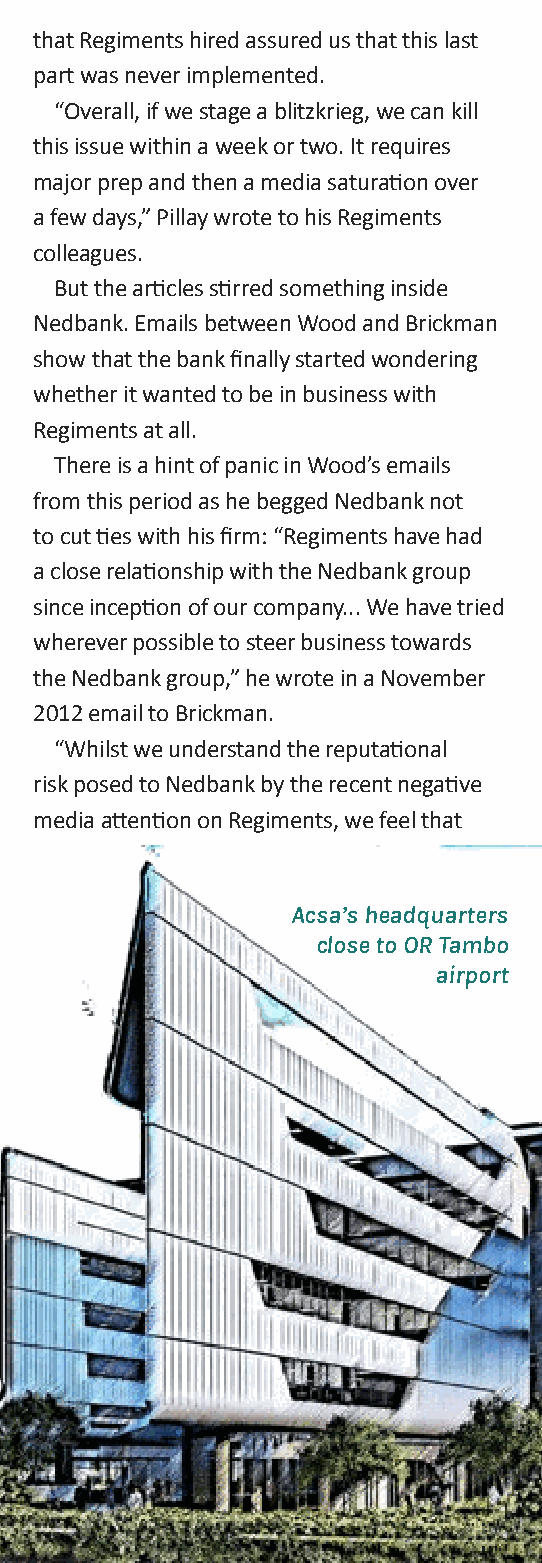
that Regiments hired assured us that this last
 part was never implemented.
 “overall, if we stage a blitzkrieg, we can kill
 this issue within a week or two. It requires
 major prep and then a media saturation over
 a few days,” Pillay wrote to his Regiments
 colleagues.
 But the articles stirred something inside
 Nedbank. emails between Wood and Brickman
 show that the bank finally started wondering
 whether it wanted to be in business with
 Regiments at all.
 There is a hint of panic in Wood’s emails
 from this period as he begged Nedbank not
 to cut ties with his firm: “Regiments have had
 a close relationship with the Nedbank group
 since inception of our company... We have tried
 wherever possible to steer business towards
 the Nedbank group,” he wrote in a November
 2012 email to Brickman.
 “Whilst we understand the reputational
 risk posed to Nedbank by the recent negative
 media attention on Regiments, we feel that
 Acsa’s headquarters
 close to OR Tambo
 airport